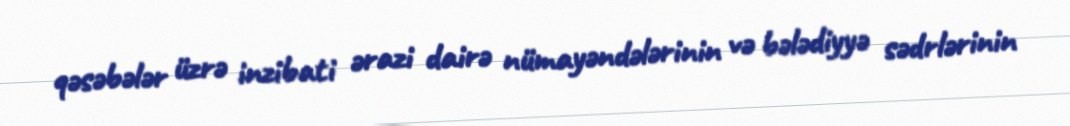
qəsəbələr üzrə inzibati ərazi dairə nümayəndələrinin və bələdiyyə sədrlərinin